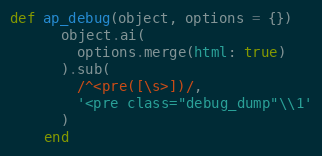
Language: Ruby
def ap_debug(object, options = {})
      object.ai(
        options.merge(html: true)
      ).sub(
        /^<pre([\s>])/,
        '<pre class="debug_dump"\\1'
      )
    end